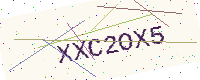
Text: XXC2OX5